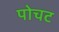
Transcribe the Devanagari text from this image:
पोचट